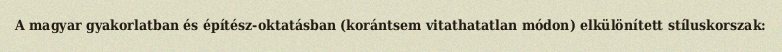
A magyar gyakorlatban és építész-oktatásban (korántsem vitathatatlan módon) elkülönített stíluskorszak: